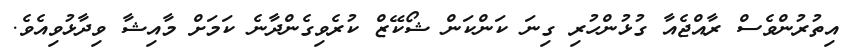
އިތުރުންވެސް ރާއްޖެއާ ގުޅުންހުރި ގިނަ ކަންކަން ޝޯކޭޒް ކުރެވިގެންދާނެ ކަމަށް މާއިޝާ ވިދާޅުވިއެވެ.